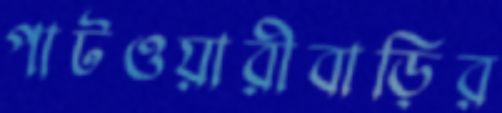
পাটওয়ারীবাড়ির